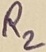
Text: R2